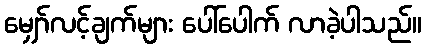
မျှော်လင့်ချက်များ ပေါ်ပေါက် လာခဲ့ပါသည်။